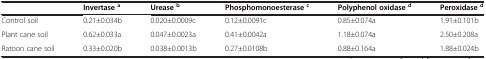
|  | Invertase a | Urease b | Phosphomonoesterase c | Polyphenol oxidase d | Peroxidase d |
 | --- | --- | --- | --- | --- | --- |
 | Control soil | 0.21±0.034b | 0.020±0.0009c | 0.12±0.0091c | 0.85±0.074a | 1.91±0.101b |
 | Plant cane soil | 0.62±0.033a | 0.047±0.0023a | 0.41±0.0042a | 1.18±0.074a | 2.50±0.208a |
 | Ratoon cane soil | 0.33±0.020b | 0.038±0.0013b | 0.27±0.0108b | 0.88±0.164a | 1.88±0.024b |